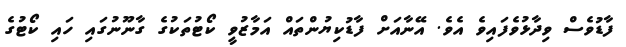
ފާޑުވެސް ވިދާޅުވެފައިވެ އެވެ. އޭނާއަށް ފާޑުކިޔުންތައް އަމާޒުވީ ކޯޓުތަކުގެ ގާނޫނުގައި ހައި ކޯޓުގެ